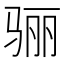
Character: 骊